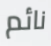
نائم